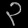
Digit: ၃